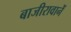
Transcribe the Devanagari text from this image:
बाजीरावानें